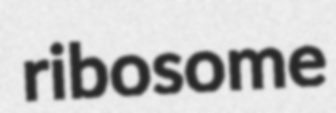
ribosome